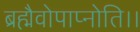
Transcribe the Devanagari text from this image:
ब्रह्मैवोपाप्नोति।।